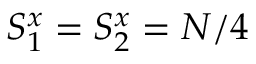
S _ { 1 } ^ { x } = S _ { 2 } ^ { x } = N / 4